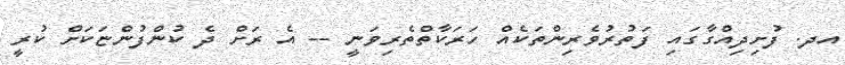
އދ. ފުށިދިއްގާގައި ފަތުރުވެރިންތަކެއް ހަރަކާތްތެރިވަނީ -- އެ ރަށް ދެ ކުންފުންޏަކަށް ކުރީ